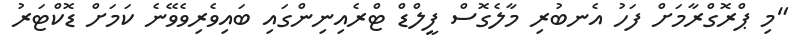
"މި ޕްރޮގްރާމަށް ފަހު އެނބުރި މާލެގޮސް ފީލްޑް ޓްރެއިނިންގައި ބައިވެރިވެވޭނެ ކަމަށް ޑޮކްޓަރު